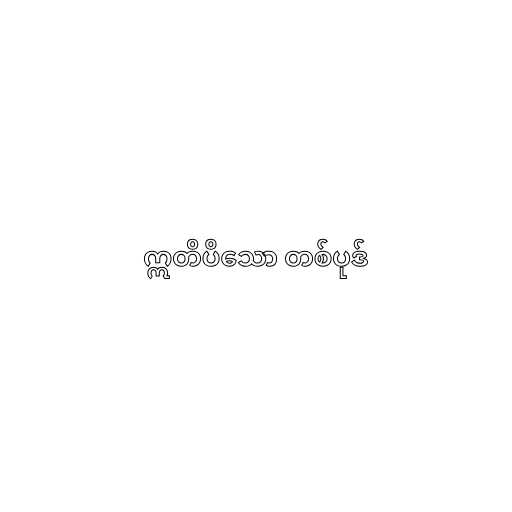
ဣတိပိသော တစ်ပုဒ်